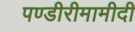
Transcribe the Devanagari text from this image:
पण्डीरीमामीदी